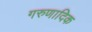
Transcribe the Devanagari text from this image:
गरुणादिक